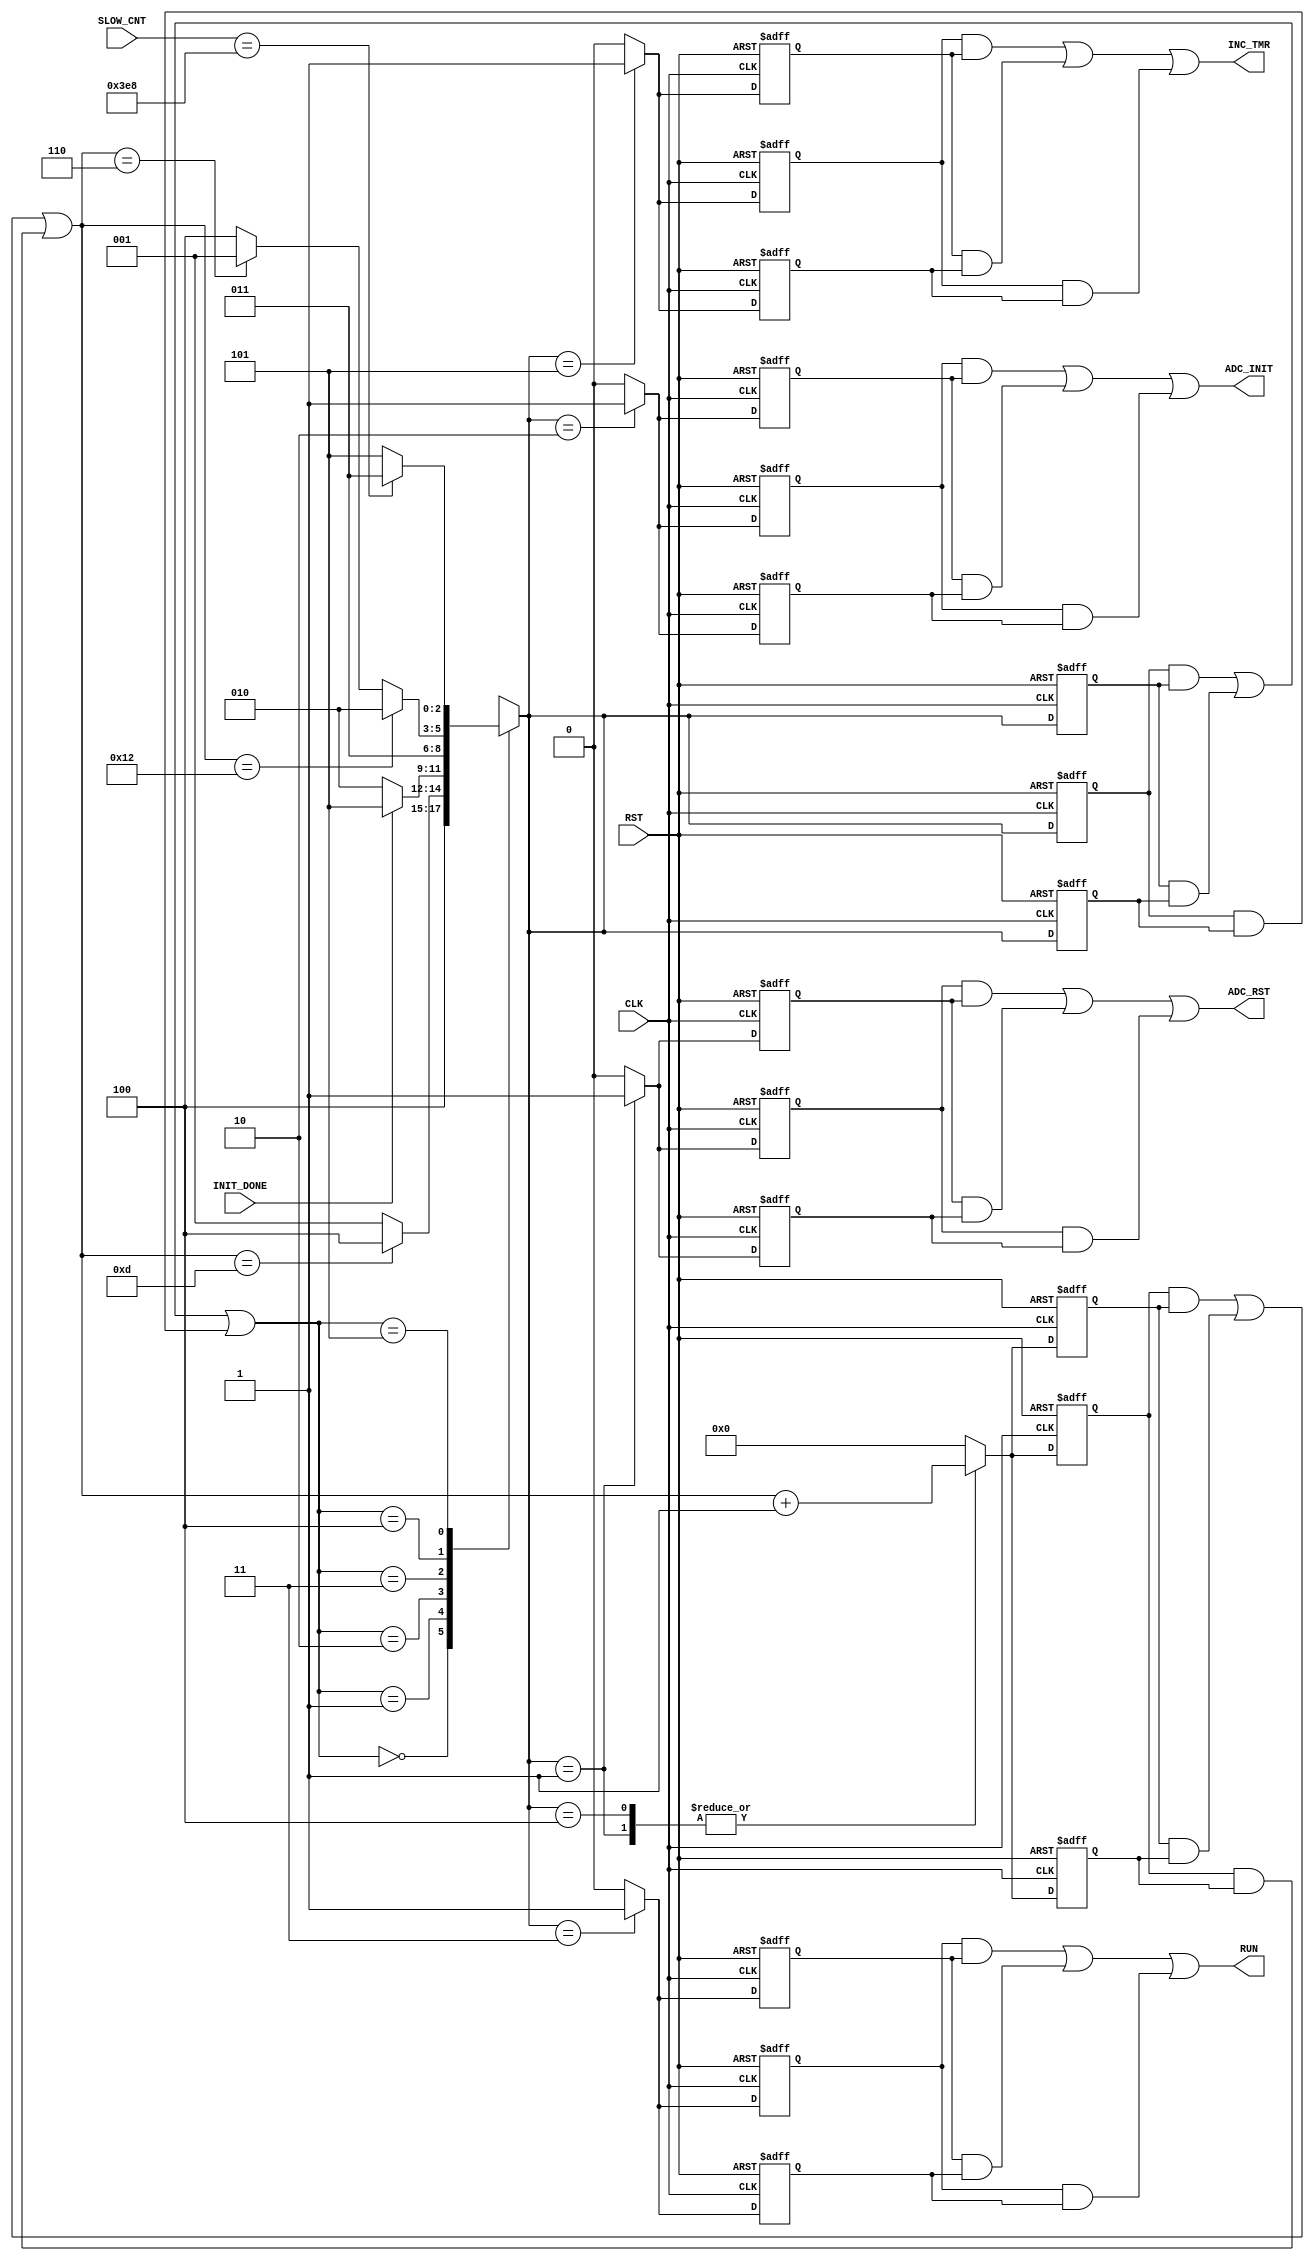

// Created by fizzim_tmr.pl version $Revision: 4.44 on 2014:08:26 at 14:52:12 (www.fizzim.com)

module ADC_Init_FSM_TMR 
  #(
    parameter TIME_OUT = 12'd1000
  )(
  output ADC_INIT,
  output ADC_RST,
  output INC_TMR,
  output RUN,
  input CLK,
  input INIT_DONE,
  input RST,
  input wire [11:0] SLOW_CNT 
);

  // state bits
  parameter 
  Reset     = 3'b000, 
  ADC_Reset = 3'b001, 
  Init      = 3'b010, 
  Run       = 3'b011, 
  Wait      = 3'b100, 
  Wait2     = 3'b101; 

  (* syn_preserve = "true" *) reg [2:0] state_1;
  (* syn_preserve = "true" *) reg [2:0] state_2;
  (* syn_preserve = "true" *) reg [2:0] state_3;

  (* syn_keep = "true" *) wire [2:0] voted_state_1;
  (* syn_keep = "true" *) wire [2:0] voted_state_2;
  (* syn_keep = "true" *) wire [2:0] voted_state_3;

  assign voted_state_1    = (state_1    & state_2   ) | (state_2    & state_3   ) | (state_1    & state_3   ); // Majority logic
  assign voted_state_2    = (state_1    & state_2   ) | (state_2    & state_3   ) | (state_1    & state_3   ); // Majority logic
  assign voted_state_3    = (state_1    & state_2   ) | (state_2    & state_3   ) | (state_1    & state_3   ); // Majority logic

  (* syn_keep = "true" *) reg [2:0] nextstate_1;
  (* syn_keep = "true" *) reg [2:0] nextstate_2;
  (* syn_keep = "true" *) reg [2:0] nextstate_3;

  (* syn_preserve = "true" *)  reg ADC_INIT_1;
  (* syn_preserve = "true" *)  reg ADC_INIT_2;
  (* syn_preserve = "true" *)  reg ADC_INIT_3;
  (* syn_preserve = "true" *)  reg ADC_RST_1;
  (* syn_preserve = "true" *)  reg ADC_RST_2;
  (* syn_preserve = "true" *)  reg ADC_RST_3;
  (* syn_preserve = "true" *)  reg INC_TMR_1;
  (* syn_preserve = "true" *)  reg INC_TMR_2;
  (* syn_preserve = "true" *)  reg INC_TMR_3;
  (* syn_preserve = "true" *)  reg RUN_1;
  (* syn_preserve = "true" *)  reg RUN_2;
  (* syn_preserve = "true" *)  reg RUN_3;
  (* syn_preserve = "true" *)  reg [4:0] cnt_1;
  (* syn_preserve = "true" *)  reg [4:0] cnt_2;
  (* syn_preserve = "true" *)  reg [4:0] cnt_3;
  (* syn_keep = "true" *)      wire [4:0] voted_cnt_1;
  (* syn_keep = "true" *)      wire [4:0] voted_cnt_2;
  (* syn_keep = "true" *)      wire [4:0] voted_cnt_3;

  // Assignment of outputs and flags to voted majority logic of replicated registers
  assign ADC_INIT = (ADC_INIT_1 & ADC_INIT_2) | (ADC_INIT_2 & ADC_INIT_3) | (ADC_INIT_1 & ADC_INIT_3); // Majority logic
  assign ADC_RST  = (ADC_RST_1  & ADC_RST_2 ) | (ADC_RST_2  & ADC_RST_3 ) | (ADC_RST_1  & ADC_RST_3 ); // Majority logic
  assign INC_TMR  = (INC_TMR_1  & INC_TMR_2 ) | (INC_TMR_2  & INC_TMR_3 ) | (INC_TMR_1  & INC_TMR_3 ); // Majority logic
  assign RUN      = (RUN_1      & RUN_2     ) | (RUN_2      & RUN_3     ) | (RUN_1      & RUN_3     ); // Majority logic
  assign voted_cnt_1      = (cnt_1      & cnt_2     ) | (cnt_2      & cnt_3     ) | (cnt_1      & cnt_3     ); // Majority logic
  assign voted_cnt_2      = (cnt_1      & cnt_2     ) | (cnt_2      & cnt_3     ) | (cnt_1      & cnt_3     ); // Majority logic
  assign voted_cnt_3      = (cnt_1      & cnt_2     ) | (cnt_2      & cnt_3     ) | (cnt_1      & cnt_3     ); // Majority logic

  // Assignment of error detection logic to replicated signals

  // comb always block
  always @* begin
    nextstate_1 = 3'bxxx; // default to x because default_state_is_x is set
    nextstate_2 = 3'bxxx; // default to x because default_state_is_x is set
    nextstate_3 = 3'bxxx; // default to x because default_state_is_x is set
    case (voted_state_1)
      Reset    :                                 nextstate_1 = Wait;
      ADC_Reset: if      (voted_cnt_1 == 13)     nextstate_1 = Wait;
                 else                            nextstate_1 = ADC_Reset;
      Init     : if      (INIT_DONE)             nextstate_1 = Wait2;
                 else                            nextstate_1 = Init;
      Run      :                                 nextstate_1 = Run;
      Wait     : if      (voted_cnt_1 == 18)     nextstate_1 = Init;
                 else if (voted_cnt_1 == 6)      nextstate_1 = ADC_Reset;
                 else                            nextstate_1 = Wait;
      Wait2    : if      (SLOW_CNT == TIME_OUT)  nextstate_1 = Run;
                 else                            nextstate_1 = Wait2;
    endcase
    case (voted_state_2)
      Reset    :                                 nextstate_2 = Wait;
      ADC_Reset: if      (voted_cnt_2 == 13)     nextstate_2 = Wait;
                 else                            nextstate_2 = ADC_Reset;
      Init     : if      (INIT_DONE)             nextstate_2 = Wait2;
                 else                            nextstate_2 = Init;
      Run      :                                 nextstate_2 = Run;
      Wait     : if      (voted_cnt_2 == 18)     nextstate_2 = Init;
                 else if (voted_cnt_2 == 6)      nextstate_2 = ADC_Reset;
                 else                            nextstate_2 = Wait;
      Wait2    : if      (SLOW_CNT == TIME_OUT)  nextstate_2 = Run;
                 else                            nextstate_2 = Wait2;
    endcase
    case (voted_state_3)
      Reset    :                                 nextstate_3 = Wait;
      ADC_Reset: if      (voted_cnt_3 == 13)     nextstate_3 = Wait;
                 else                            nextstate_3 = ADC_Reset;
      Init     : if      (INIT_DONE)             nextstate_3 = Wait2;
                 else                            nextstate_3 = Init;
      Run      :                                 nextstate_3 = Run;
      Wait     : if      (voted_cnt_3 == 18)     nextstate_3 = Init;
                 else if (voted_cnt_3 == 6)      nextstate_3 = ADC_Reset;
                 else                            nextstate_3 = Wait;
      Wait2    : if      (SLOW_CNT == TIME_OUT)  nextstate_3 = Run;
                 else                            nextstate_3 = Wait2;
    endcase
  end

  // Assign reg'd outputs to state bits

  // sequential always block
  always @(posedge CLK or posedge RST) begin
    if (RST) begin
      state_1 <= Reset;
      state_2 <= Reset;
      state_3 <= Reset;
    end
    else begin
      state_1 <= nextstate_1;
      state_2 <= nextstate_2;
      state_3 <= nextstate_3;
    end
  end

  // datapath sequential always block
  always @(posedge CLK or posedge RST) begin
    if (RST) begin
      ADC_INIT_1 <= 0;
      ADC_INIT_2 <= 0;
      ADC_INIT_3 <= 0;
      ADC_RST_1 <= 0;
      ADC_RST_2 <= 0;
      ADC_RST_3 <= 0;
      INC_TMR_1 <= 0;
      INC_TMR_2 <= 0;
      INC_TMR_3 <= 0;
      RUN_1 <= 0;
      RUN_2 <= 0;
      RUN_3 <= 0;
      cnt_1 <= 5'h00;
      cnt_2 <= 5'h00;
      cnt_3 <= 5'h00;
    end
    else begin
      ADC_INIT_1 <= 0; // default
      ADC_INIT_2 <= 0; // default
      ADC_INIT_3 <= 0; // default
      ADC_RST_1 <= 0; // default
      ADC_RST_2 <= 0; // default
      ADC_RST_3 <= 0; // default
      INC_TMR_1 <= 0; // default
      INC_TMR_2 <= 0; // default
      INC_TMR_3 <= 0; // default
      RUN_1 <= 0; // default
      RUN_2 <= 0; // default
      RUN_3 <= 0; // default
      cnt_1 <= 5'h00; // default
      cnt_2 <= 5'h00; // default
      cnt_3 <= 5'h00; // default
      case (nextstate_1)
        ADC_Reset: begin
                          ADC_RST_1 <= 1;
                          cnt_1 <= voted_cnt_1 + 1;
        end
        Init     :        ADC_INIT_1 <= 1;
        Run      :        RUN_1 <= 1;
        Wait     :        cnt_1 <= voted_cnt_1 + 1;
        Wait2    :        INC_TMR_1 <= 1;
      endcase
      case (nextstate_2)
        ADC_Reset: begin
                          ADC_RST_2 <= 1;
                          cnt_2 <= voted_cnt_2 + 1;
        end
        Init     :        ADC_INIT_2 <= 1;
        Run      :        RUN_2 <= 1;
        Wait     :        cnt_2 <= voted_cnt_2 + 1;
        Wait2    :        INC_TMR_2 <= 1;
      endcase
      case (nextstate_3)
        ADC_Reset: begin
                          ADC_RST_3 <= 1;
                          cnt_3 <= voted_cnt_3 + 1;
        end
        Init     :        ADC_INIT_3 <= 1;
        Run      :        RUN_3 <= 1;
        Wait     :        cnt_3 <= voted_cnt_3 + 1;
        Wait2    :        INC_TMR_3 <= 1;
      endcase
    end
  end

  // This code allows you to see state names in simulation
  `ifndef SYNTHESIS
  reg [71:0] statename;
  always @* begin
    case (state_1)
      Reset    : statename = "Reset";
      ADC_Reset: statename = "ADC_Reset";
      Init     : statename = "Init";
      Run      : statename = "Run";
      Wait     : statename = "Wait";
      Wait2    : statename = "Wait2";
      default  : statename = "XXXXXXXXX";
    endcase
  end
  `endif

endmodule